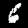
Label: 6